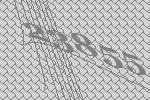
23855